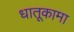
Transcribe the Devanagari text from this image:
धातूकामा